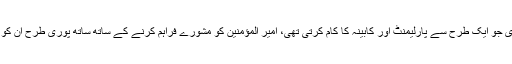
اکابر صحابہ کی شوریٰ جو ایک طرح سے پارلیمنٹ اور کابینہ کا کام کرتی تھی، امیر المؤمنین کو مشورے فراہم کرنے کے ساتھ ساتھ پوری طرح ان کو قوانین کا پابند رکھتی۔